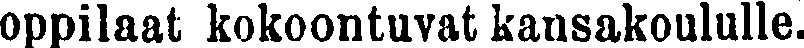
oppilaat kokoontuvat kansakoululle.